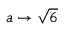
a \rightarrow { \sqrt { 6 } }